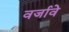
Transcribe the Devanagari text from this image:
वर्जावे